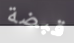
قبضة